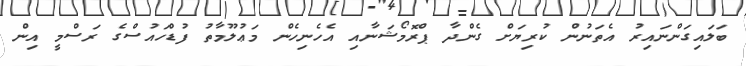
ބަލައިގަންނައިރު އެތަނުން ކުރިޔަށް ގެންދާ ޕްރޮމޯޝަނާއި އެހެނިހެން މަޢުލޫމާތު ފުޑްހައުސްގެ ރަސްމީ އިން